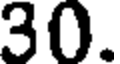
30.